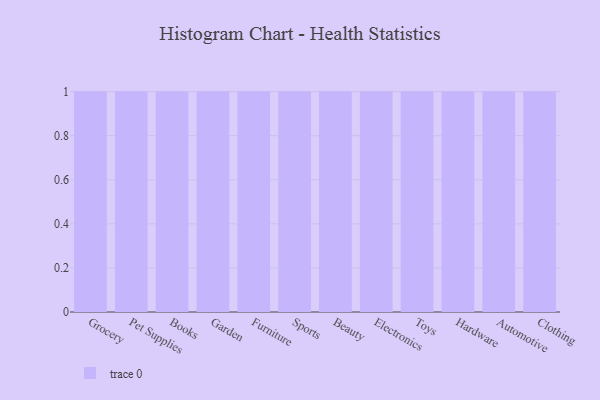
{"axis": {"x": "Category", "y": "Humidity (%)"}, "legend": [""], "data": [{"x": "Grocery", "y": 10, "type": ""}, {"x": "Pet Supplies", "y": 75, "type": ""}, {"x": "Books", "y": 48, "type": ""}, {"x": "Garden", "y": 81, "type": ""}, {"x": "Furniture", "y": 35, "type": ""}, {"x": "Sports", "y": 98, "type": ""}, {"x": "Beauty", "y": 31, "type": ""}, {"x": "Electronics", "y": 97, "type": ""}, {"x": "Toys", "y": 76, "type": ""}, {"x": "Hardware", "y": 82, "type": ""}, {"x": "Automotive", "y": 98, "type": ""}, {"x": "Clothing", "y": 39, "type": ""}]}